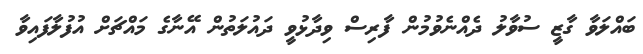
ބައްލަވާ ގާޒީ ސުވާލު ދެއްނެވުމުން ފާރިސް ވިދާޅުވީ ދައުލަތުން އޭނާގެ މައްޗަށް އުފުލާފައިވާ